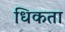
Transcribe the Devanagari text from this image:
धिकता